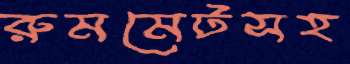
রুমমেটসহ